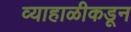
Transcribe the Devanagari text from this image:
व्याहाळीकडून